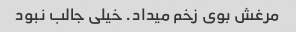
مرغش بوی زخم میداد. خیلی جالب نبود